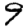
Digit: 9